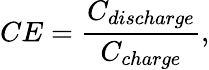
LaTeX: CE=\frac{C_{discharge}}{C_{charge}},